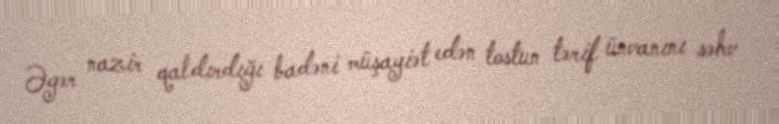
Əgər nazir qaldırdığı badəni müşayiət edən tostun tərif ünvanını səhv